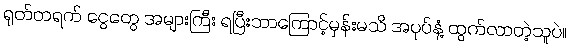
ရုတ်တရက် ငွေတွေ အများကြီး ရပြီးဘာကြောင့်မှန်းမသိ အပုပ်နံ့ ထွက်လာတဲ့သူပဲ။